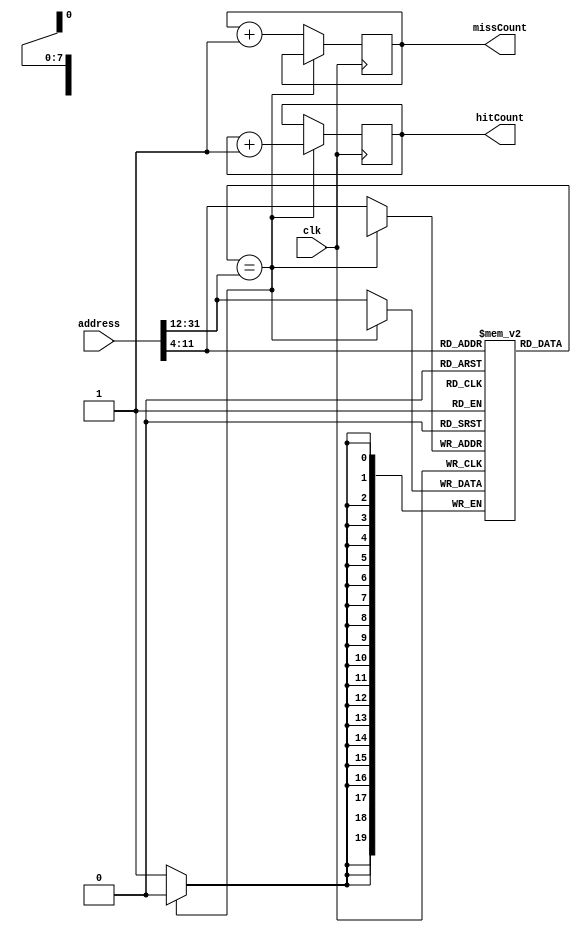
module DMCache(address, missCount, hitCount, clk);

reg[31:0] cache [255:0][15:0];
reg [19:0] tagArray [255:0];
input [31:0] address;
input clk;
output reg [31:0] missCount = 0, hitCount = 0;
reg[19:0] tag;
reg[7:0] index;
reg[4:0] i;
reg[31:0] addressCopy;


always @(posedge clk)
begin
    index = address[11:4];
    tag = address[31:12];
    if (tagArray[index] == tag) begin
        hitCount = hitCount + 1;
        //$display("Cache Hit %d", hitCount);
    end
    else begin
        missCount = missCount + 1;
        addressCopy = address;
        addressCopy[3:0] = 0;
        tagArray[index] = tag;
        for (i = 0; i < 16; i = i + 1) begin
            cache[index][i] = addressCopy + i;
            //$display("Cache Miss %d", missCount);
            // $display("address: %d", cache[index][i]);
        end
    end 
end

endmodule